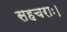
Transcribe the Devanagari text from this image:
सहचराः।